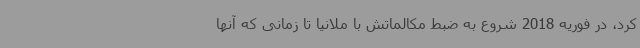
کرد، در فوریه 2018 شروع به ضبط مکالماتش با ملانیا تا زمانی که آنها